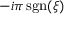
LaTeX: - i \pi \operatorname { s g n } ( \xi )